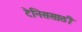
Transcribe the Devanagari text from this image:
टेनिससाठी